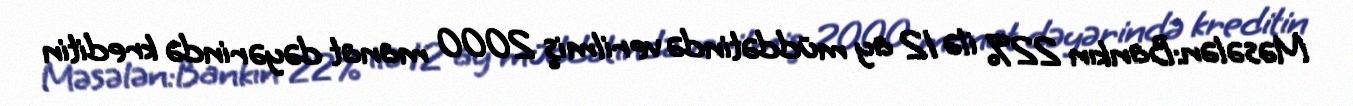
Məsələn:Bankın 22% ilə 12 ay müddətində verilmiş 2000 manat dəyərində kreditin